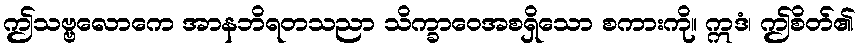
ဤသဗ္ဗလောကေ အာနဘိရတသညာ သိက္ခာဝေအစရှိသော စကားကို။ ဣဒံ၊ ဤစိတ်၏